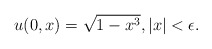
\begin{align*} u(0,x) = \sqrt{1-x^3}, | x| < \epsilon.\end{align*}